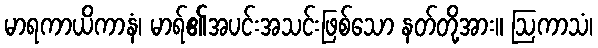
မာရကာယိကာနံ၊ မာရ်၏အပင်းအသင်းဖြစ်သော နတ်တို့အား။ ဩကာသံ၊